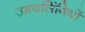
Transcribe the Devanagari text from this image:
उभयलिंगियों